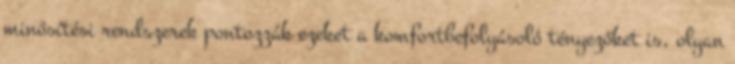
minősítési rendszerek pontozzák ezeket a komfortbefolyásoló tényezőket is, olyan